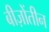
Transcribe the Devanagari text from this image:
बीज़ोंतीन